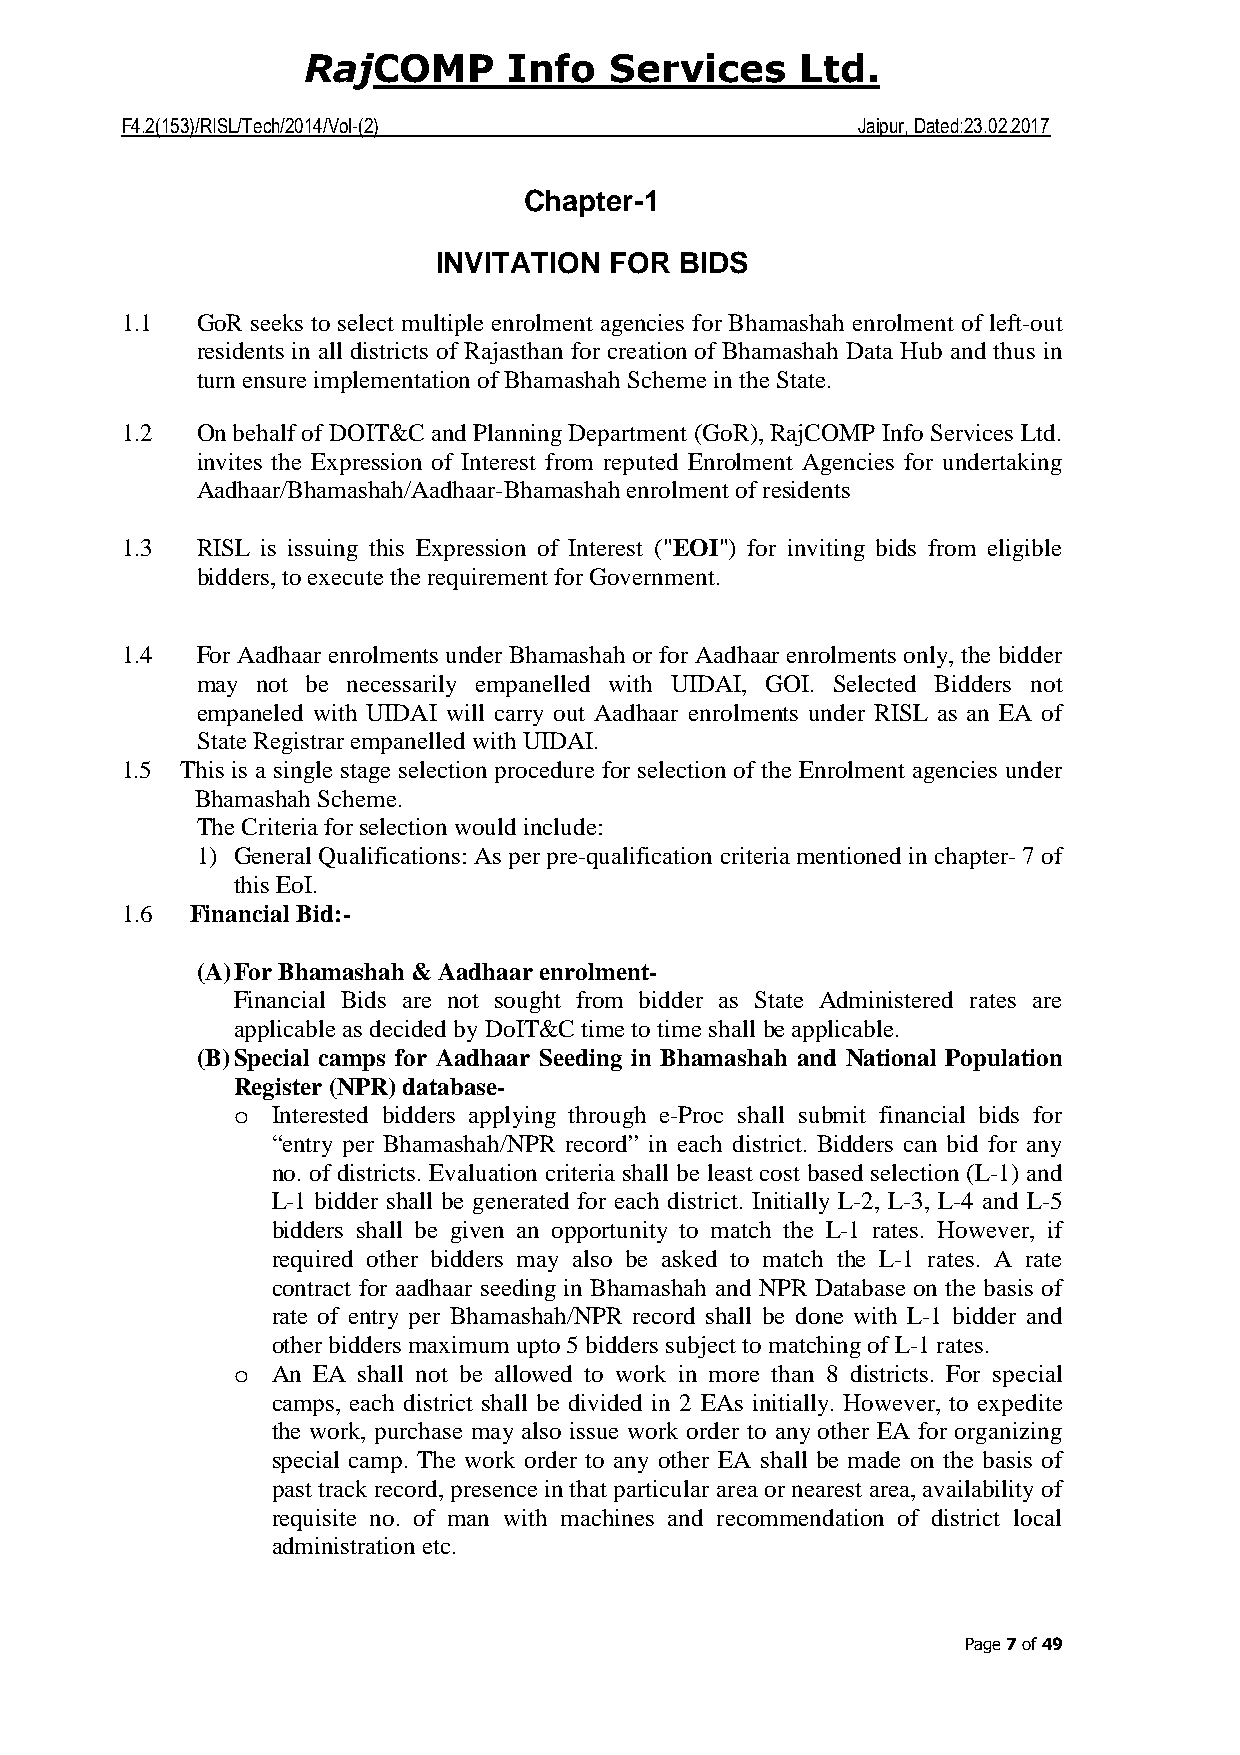
COMP     Info  Services     Ltd.
 Raj
 F4.2(153)/RISL/Tech/2014/Vol-(2)                 Jaipur, Dated:23.02.2017
 Chapter-1
 INVITATION FOR  BIDS
 1.1  GoR seeks to select multiple enrolment agencies for Bhamashah enrolment of left-out
 residents in all districts of Rajasthan for creation of Bhamashah Data Hub and thus in
 turn ensure implementation of Bhamashah Scheme in the State.
 1.2  On behalf of DOIT&C and Planning Department (GoR), RajCOMP Info Services Ltd.
 invites the Expression of Interest from reputed Enrolment Agencies for undertaking
 Aadhaar/Bhamashah/Aadhaar-Bhamashah enrolment of residents
 1.3  RISL is issuing this Expression of Interest ("EOI") for inviting bids from eligible
 bidders, to execute the requirement for Government.
 1.4  For Aadhaar enrolments under Bhamashah or for Aadhaar enrolments only, the bidder
 may not be necessarily empanelled with UIDAI, GOI. Selected Bidders not
 empaneled with UIDAI will carry out Aadhaar enrolments under RISL as an EA of
 State Registrar empanelled with UIDAI.
 1.5 This is a single stage selection procedure for selection of the Enrolment agencies under
 Bhamashah Scheme.
 The Criteria for selection would include:
 1) General Qualifications: As per pre-qualification criteria mentioned in chapter- 7 of
 this EoI.
 1.6  Financial Bid:-
 (A) For Bhamashah & Aadhaar enrolment-
 Financial Bids are not sought from bidder as State Administered rates are
 applicable as decided by DoIT&C time to time shall be applicable.
 (B) Special camps for Aadhaar Seeding in Bhamashah and National Population
 Register (NPR) database-
 o  Interested bidders applying through e-Proc shall submit financial bids for
 “entry per Bhamashah/NPR record” in each district. Bidders can bid for any
 no. of districts. Evaluation criteria shall be least cost based selection (L-1) and
 L-1 bidder shall be generated for each district. Initially L-2, L-3, L-4 and L-5
 bidders shall be given an opportunity to match the L-1 rates. However, if
 required other bidders may also be asked to match the L-1 rates. A rate
 contract for aadhaar seeding in Bhamashah and NPR Database on the basis of
 rate of entry per Bhamashah/NPR record shall be done with L-1 bidder and
 other bidders maximum upto 5 bidders subject to matching of L-1 rates.
 o  An EA shall not be allowed to work in more than 8 districts. For special
 camps, each district shall be divided in 2 EAs initially. However, to expedite
 the work, purchase may also issue work order to any other EA for organizing
 special camp. The work order to any other EA shall be made on the basis of
 past track record, presence in that particular area or nearest area, availability of
 requisite no. of man with machines and recommendation of district local
 administration etc.
 Page 7 of 49